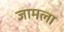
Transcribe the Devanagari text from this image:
जामला